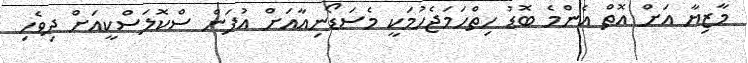
މާޒިޔާ އަށް އޮތް އެންމެ ބޮޑު ހިތްހަމަޖެހުމަކީ މެސަޑޯނިއާއަށް އުފަން ސްކޮލަސްކީއަށް ދިވެހި